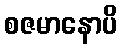
စဇမာနောပိ